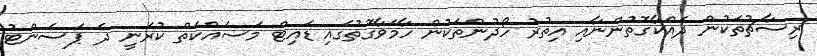
ރިސާޗުތަކުން ދައްކާގޮތުންނާއި އިތުރު ހޯދުންތަކުން ހާމަވާގޮތުގައި ޑައިޓް މަސައްކަތް ކުރަނީ ދެ ޕަސެންޓު